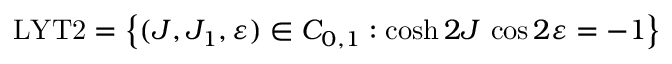
\mathrm { L Y T 2 } = \left\{ ( J , J _ { 1 } , \varepsilon ) \in C _ { 0 , 1 } : \cosh 2 J \, \cos 2 \varepsilon = - 1 \right\}